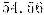
54.56